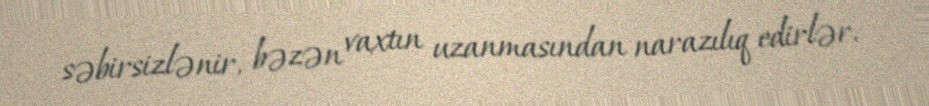
səbirsizlənir, bəzən vaxtın uzanmasından narazılıq edirlər.